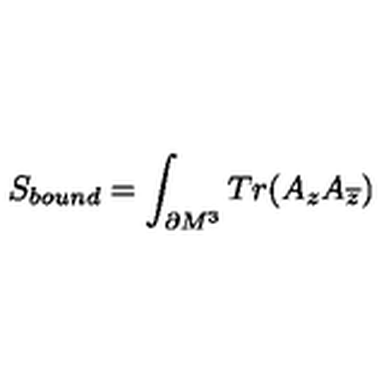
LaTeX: S _ { b o u n d } = \int _ { \partial M ^ { 3 } } T r ( A _ { z } A _ { \overline { { z } } } )